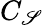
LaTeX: C_{\mathscr{S}}